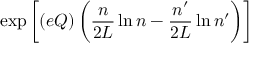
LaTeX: \exp \left[ ( e Q ) \left( \frac { n } { 2 L } \ln { n } - \frac { n ^ { \prime } } { 2 L } \ln { n ^ { \prime } } \right) \right]